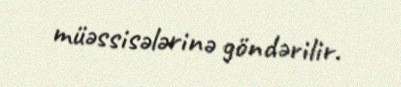
müəssisələrinə göndərilir.